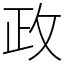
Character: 政